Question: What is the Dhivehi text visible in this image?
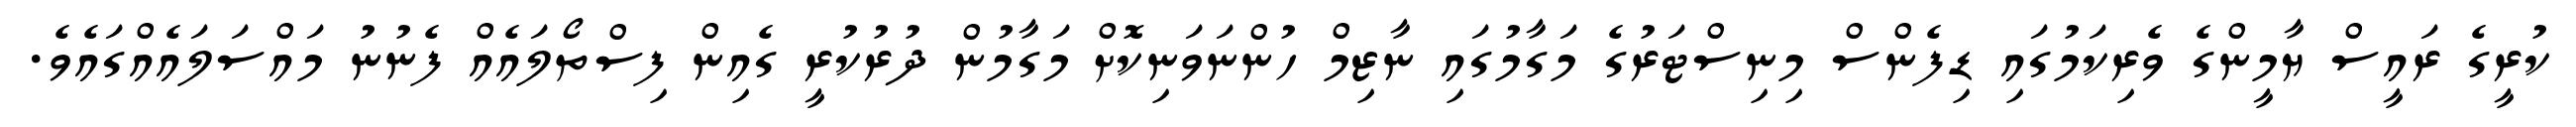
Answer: ކުރީގެ ރައީސް ޔާމީންގެ ވެރިކަމުގައި ޑިފެންސް މިނިސްޓަރުގެ މަގާމުގައި ނާޒިމް ހުންނަވަނިކޮށް މަގާމުން ދުރުކުރީ ގެއިން ފިސްތޯލައެއް ފެނުނު މައްސަލައެއްގައެވެ.